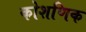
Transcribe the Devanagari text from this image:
कोशणिक